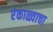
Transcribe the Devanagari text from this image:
रंकाळ्याचा